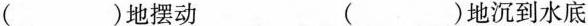
()地摆动 ()地沉到水底